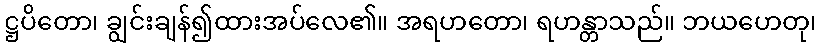
ဋ္ဌပိတော၊ ချွင်းချန်၍ထားအပ်လေ၏။ အရဟတော၊ ရဟန္တာသည်။ ဘယဟေတု၊